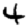
Digit: 4